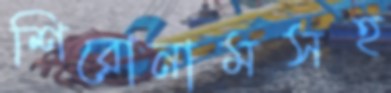
শিরোনামসহ